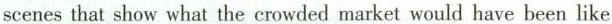
scenes that show what the crowded market would have been like